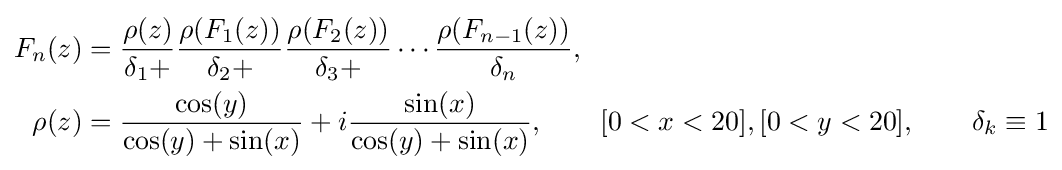
{\begin{aligned}F_{n}(z)&={\frac {\rho (z)}{\delta _{1}+}}{\frac {\rho (F_{1}(z))}{\delta _{2}+}}{\frac {\rho (F_{2}(z))}{\delta _{3}+}}\cdots {\frac {\rho (F_{n-1}(z))}{\delta _{n}}},\\\rho (z)&={\frac {\cos(y)}{\cos(y)+\sin(x)}}+i{\frac {\sin(x)}{\cos(y)+\sin(x)}},\qquad [0<x<20],[0<y<20],\qquad \delta _{k}\equiv 1\end{aligned}}